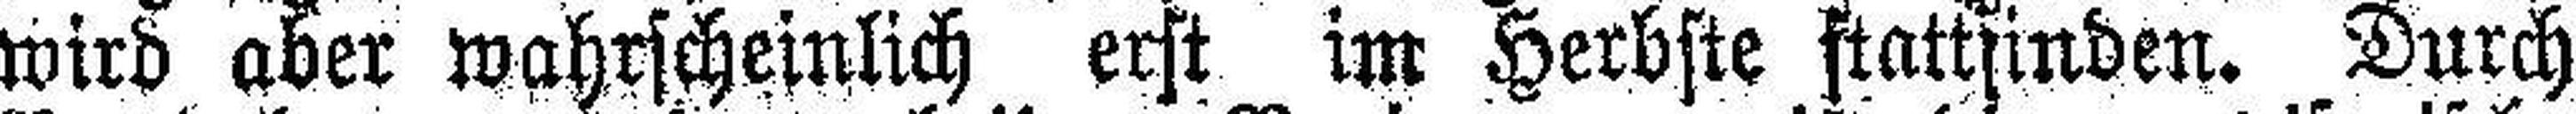
wird aber wahrscheinlich erst im Herbste stattfinden. Durch